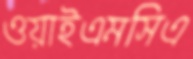
ওয়াইএমসিএ